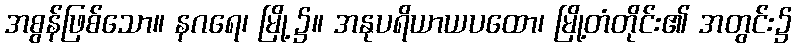
အစွန်ဖြစ်သော။ နဂရေ၊ မြို့၌။ အနုပရိယာယပထော၊ မြို့တံတိုင်း၏ အတွင်း၌